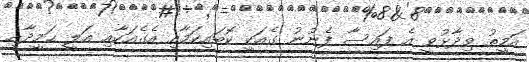
އަމީތު ވިދާޅުވީ އެ ފައިސާ ފެނުނު ގެއަކީ ކޮބައިކަމާއި އެގެއަކާއި އަލީ ޙަމީދާއި